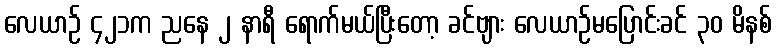
လေယာဉ် ၄၂၁က ညနေ ၂ နာရီ ရောက်မယ်ပြီးတော့ ခင်ဗျား လေယာဉ်မပြောင်းခင် ၃၀ မိနစ်